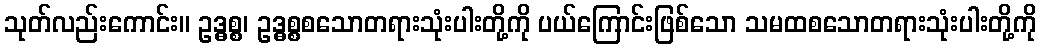
သုတ်လည်းကောင်း။ ဥဒ္ဓစ္စ၊ ဥဒ္ဓစ္စစသောတရားသုံးပါးတို့ကို ပယ်ကြောင်းဖြစ်သော သမထစသောတရားသုံးပါးတို့ကို